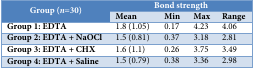
| <ROWSPAN=2> Group (n=30) | <COLSPAN=4> Bond strength |
 | Mean | Min | Max | Range |
 | --- | --- | --- | --- | --- |
 | Group 1: EDTA | 1.8 (1.05) | 0.17 | 4.23 | 4.06 |
 | Group 2: EDTA +NaOCl | 1.5 (0.81) | 0.37 | 3.18 | 2.81 |
 | Group 3: EDTA + CHX | 1.6 (1.1) | 0.26 | 3.75 | 3.49 |
 | Group 4: EDTA + Saline | 1.5 (0.79) | 0.38 | 3.36 | 2.98 |